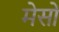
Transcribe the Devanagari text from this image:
मेसों